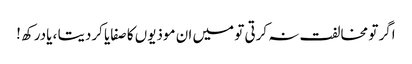
اگر تو مخالفت نہ کرتی تو میں ان موذیوں کا صفایا کردیتا ، یادرکھ !